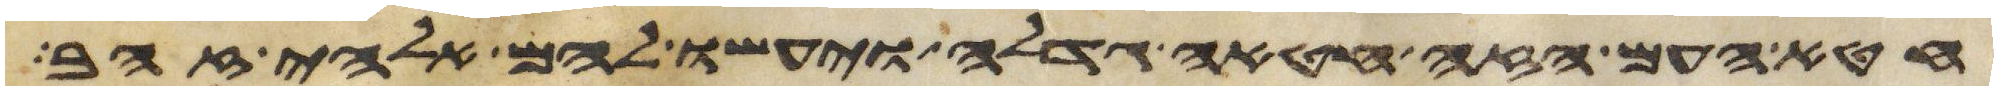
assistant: חטא העם הזה חטאה גדלה ויעשו להם אלהי זהב